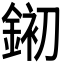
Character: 𮷱